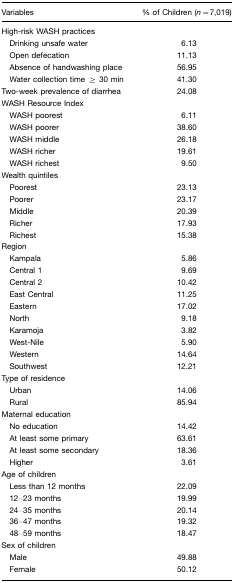
<table><thead><tr><td><b>Variables</b></td><td><b>% of Children (<i>n</i>=7,019)</b></td></tr></thead><tbody><tr><td>High-risk WASH practices</td><td></td></tr><tr><td> Drinking unsafe water</td><td>6.13</td></tr><tr><td> Open defecation</td><td>11.13</td></tr><tr><td> Absence of handwashing place</td><td>56.95</td></tr><tr><td> Water collection time ≥ 30 min</td><td>41.30</td></tr><tr><td>Two-week prevalence of diarrhea</td><td>24.08</td></tr><tr><td>WASH Resource Index</td><td></td></tr><tr><td> WASH poorest</td><td>6.11</td></tr><tr><td> WASH poorer</td><td>38.60</td></tr><tr><td> WASH middle</td><td>26.18</td></tr><tr><td> WASH richer</td><td>19.61</td></tr><tr><td> WASH richest</td><td>9.50</td></tr><tr><td>Wealth quintiles</td><td></td></tr><tr><td> Poorest</td><td>23.13</td></tr><tr><td> Poorer</td><td>23.17</td></tr><tr><td> Middle</td><td>20.39</td></tr><tr><td> Richer</td><td>17.93</td></tr><tr><td> Richest</td><td>15.38</td></tr><tr><td>Region</td><td></td></tr><tr><td> Kampala</td><td>5.86</td></tr><tr><td> Central 1</td><td>9.69</td></tr><tr><td> Central 2</td><td>10.42</td></tr><tr><td> East Central</td><td>11.25</td></tr><tr><td> Eastern</td><td>17.02</td></tr><tr><td> North</td><td>9.18</td></tr><tr><td> Karamoja</td><td>3.82</td></tr><tr><td> West-Nile</td><td>5.90</td></tr><tr><td> Western</td><td>14.64</td></tr><tr><td> Southwest</td><td>12.21</td></tr><tr><td>Type of residence</td><td></td></tr><tr><td> Urban</td><td>14.06</td></tr><tr><td> Rural</td><td>85.94</td></tr><tr><td>Maternal education</td><td></td></tr><tr><td> No education</td><td>14.42</td></tr><tr><td> At least some primary</td><td>63.61</td></tr><tr><td> At least some secondary</td><td>18.36</td></tr><tr><td> Higher</td><td>3.61</td></tr><tr><td>Age of children</td><td></td></tr><tr><td> Less than 12 months</td><td>22.09</td></tr><tr><td> 12–23 months</td><td>19.99</td></tr><tr><td> 24–35 months</td><td>20.14</td></tr><tr><td> 36–47 months</td><td>19.32</td></tr><tr><td> 48–59 months</td><td>18.47</td></tr><tr><td>Sex of children</td><td></td></tr><tr><td> Male</td><td>49.88</td></tr><tr><td> Female</td><td>50.12</td></tr></tbody></table>